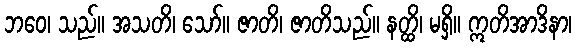
ဘဝေ၊ သည်။ အသတိ၊ သော်။ ဇာတိ၊ ဇာတိသည်။ နတ္ထိ၊ မရှိ။ ဣတိအာဒိနာ၊